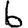
Digit: 6